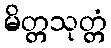
မိတ္တသုတ္တံ